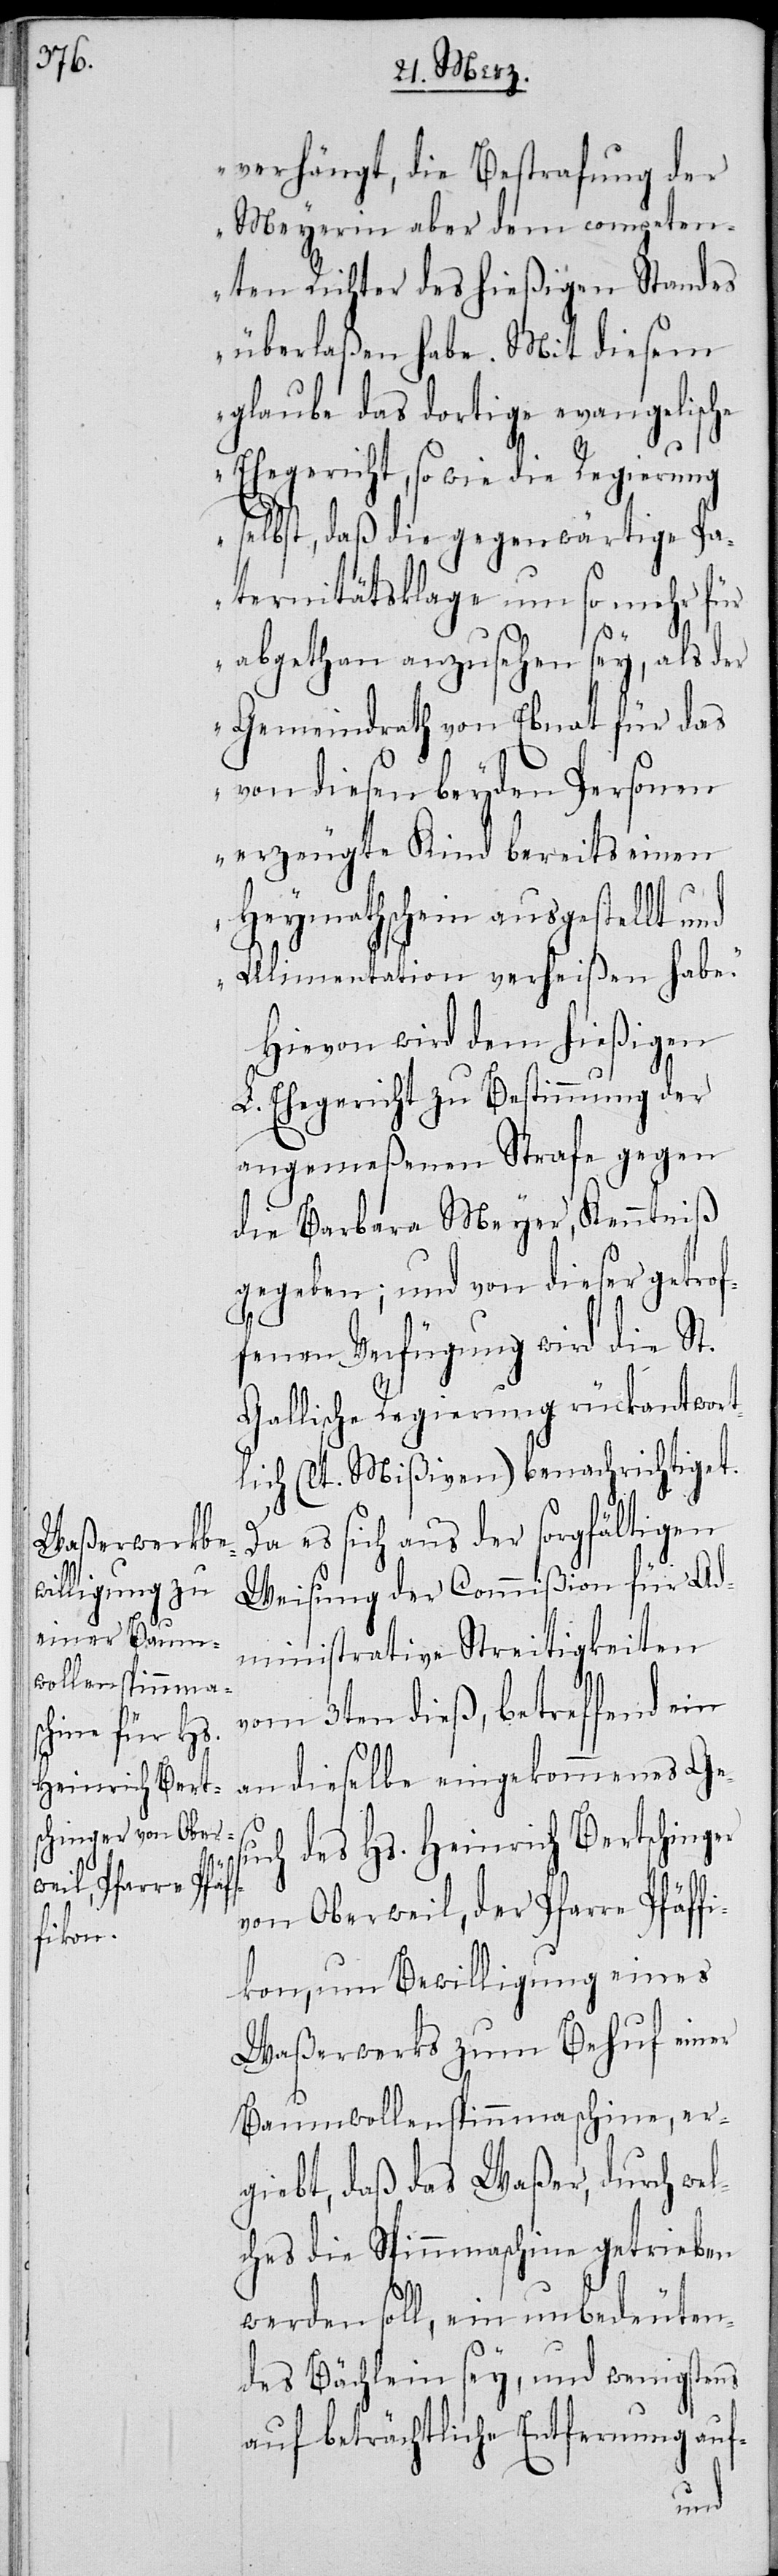
verhängt, die Bestrafung der
Meyerin aber dem competen¬
ten Richter des hießigen Standes
überlaßen habe. Mit diesem
glaube das dortige evangelische
Ehegericht, so wie die Regierung
selbst, daß die gegenwärtige Pa¬
ternitätsklage, um so mehr für
abgethan anzusehen sey, als der
Gemeindrath von Ebnat für das
von diesen beyden Personen
erzeugte Kind bereits einen
Heymathschein ausgestellt und
Alimentation verheißen habe.“
Hievon wird dem hießigen
L. Ehegericht zu Bestimmung der
angemeßenen Strafe gegen
die Barbara Meyer Kenntniß
gegeben; und von dieser getrof¬
fenen Verfügung wird die St.
Gallische Regierung rückantwort¬
lich (lt. Mißiven) benachrichtiget.
Da es sich aus der sorgfältigen
Weisung der Commißion für Ad¬
ministrative Streitigkeiten
vom 3ten dieß, betreffend ein
an dieselbe eingekommenes Ges¬
uch des Hs. Heinrich Bertschinger
von Oberweil, der Pfarre Pfäff¬
ikon, um Bewilligung eines
Waßerwerks zum Behuf einer
Baumwollenspinnmaschine, er¬
giebt, daß das Waßer, durch wel¬
ches die Spinnmaschine getrieben
werden soll, ein unbedeuten¬
des Bächlein sey, und wenigstens
auf beträchtliche Entfernung auf-